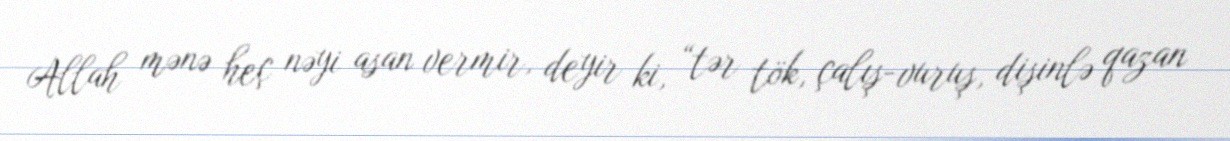
Allah mənə heç nəyi asan vermir, deyir ki, “tər tök, çalış-vuruş, dişinlə qazan